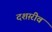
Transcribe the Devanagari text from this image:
दशग़्रीव